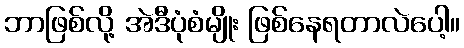
ဘာဖြစ်လို့ အဲဒီပုံစံမျိုး ဖြစ်နေရတာလဲပေါ့။